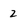
Character: 2